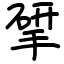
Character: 揅